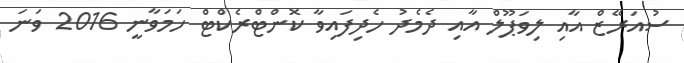
ސުއަރޭޒް އާއި ލިވަޕޫލް އާއި ދެމެދު ހެދިފައިވާ ކޮންޓްރެކްޓް ހަމަވާނީ 2016 ވަނަ